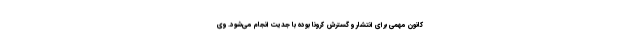
کانون مهمی برای انتشار و گسترش کرونا بوده با جدیت انجام می‌شود. وی